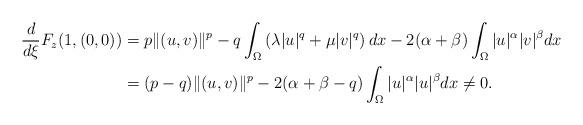
LaTeX: \begin{align*} \frac{d}{d\xi} F_z(1,(0,0))&=p\|(u,v)\|^p-q\int_{\Omega}\left(\lambda|u|^{q}+\mu |v|^{q}\right)dx- 2(\alpha+\beta)\int_{\Omega}|u|^{\alpha}|v|^{\beta}dx \\ &= (p-q)\|(u,v)\|^p-2(\alpha+\beta-q)\int_{\Omega}|u|^{\alpha}|u|^{\beta}dx\not=0. \end{align*}